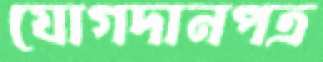
যোগদানপত্র